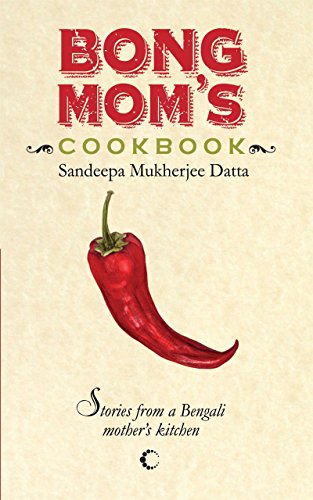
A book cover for Bong Mom's Cookbook : Stories From A Bengali Mother's Kitchen; Sandeepa Datta Mukherjee; Cookbooks, Food & Wine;